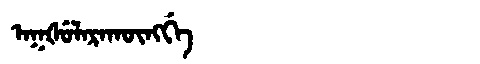
Manchu: ᠠᡴᡧᡠᠯᠠᡵᠠᡴᡡᠩᡤᡝ
Romanization: AKŠULARAKŪNGGE